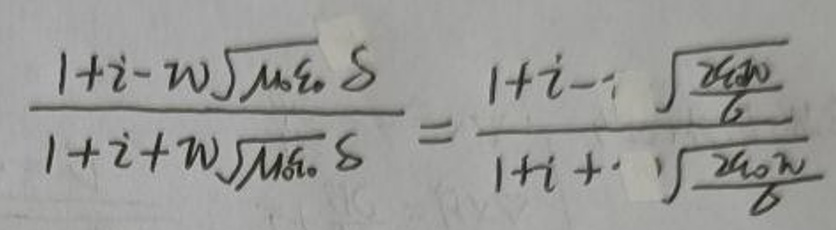
\[
\frac{1 + i - w\sqrt{\mu_{0}\varepsilon_{0}}}{1 + i + w\sqrt{\mu_{0}\varepsilon_{0}}} = \frac{1 + i - \sqrt{\frac{\omega_{0}}{6}}}{1 + i + \sqrt{\frac{\omega_{0}}{6}}}
\]